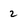
Character: 2